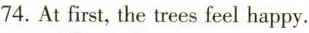
74. At first, the trees feel happy.